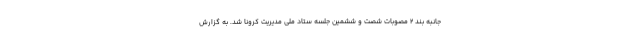
جانبه بند ۲ مصوبات شصت و ششمین جلسه ستاد ملی مدیریت کرونا شد. به گزارش